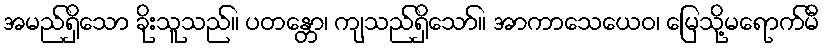
အမည်ရှိသော ခိုးသူသည်။ ပတန္တော၊ ကျသည်ရှိသော်။ အာကာသေယေဝ၊ မြေသို့မရောက်မီ